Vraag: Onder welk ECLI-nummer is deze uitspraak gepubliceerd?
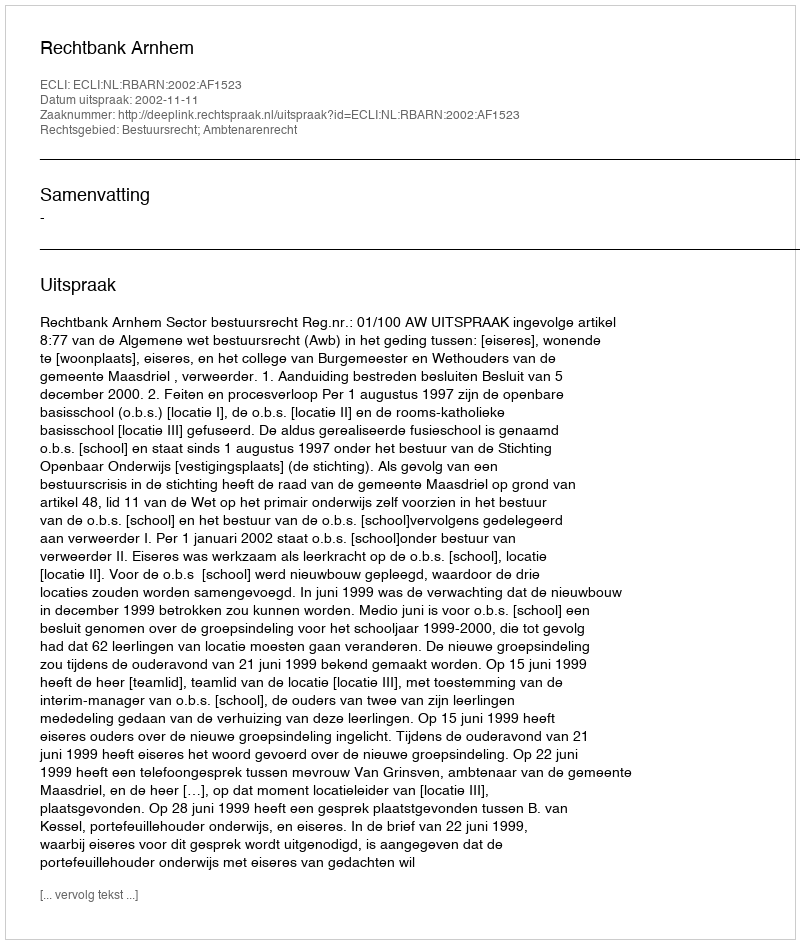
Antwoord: ECLI:NL:RBARN:2002:AF1523